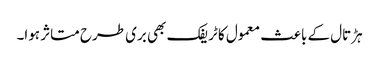
ہڑتال کے باعث معمول کا ٹریفک بھی بری طرح متاثر ہوا۔